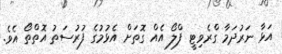
އަޅާ ނަރުދަމާ ގްރެވިޓީ ފްލޯ އެއް ގޮތަށް އެޅުމުގެ ފުރުސަތު އޮތްތޯ އެވެ.